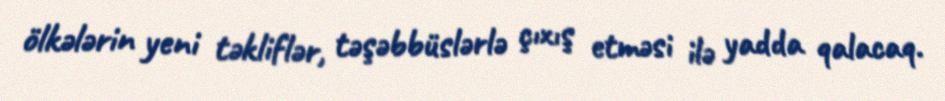
ölkələrin yeni təkliflər, təşəbbüslərlə çıxış etməsi ilə yadda qalacaq.